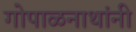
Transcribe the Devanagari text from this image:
गोपाळनाथांनी